Mental hospitals Bombay report 1921-28 - 1921-1928
Year: 1921
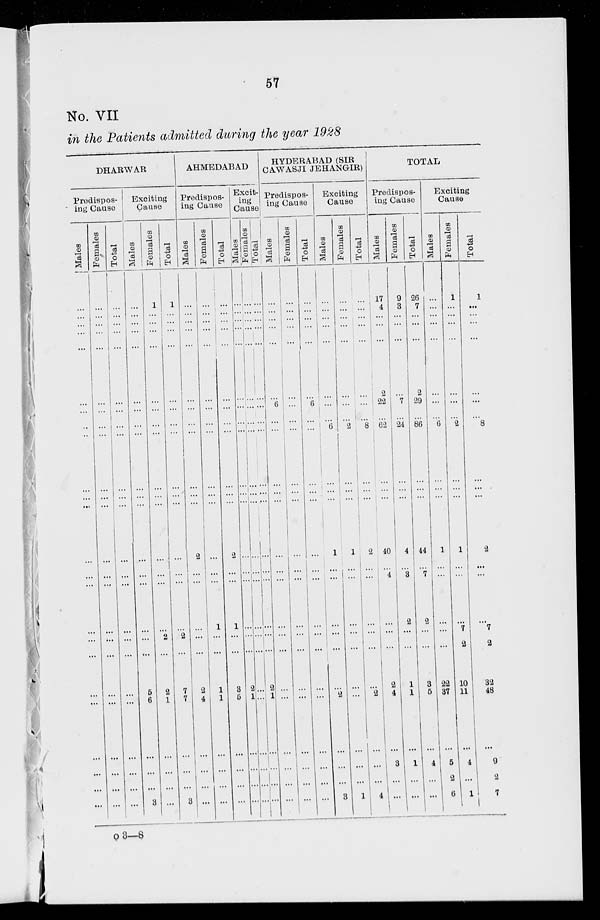
57
No. VII
in the Patients admitted during the year 1928
DHARWAR
Predispos-
ing Cause
Males
...
...
...
...
...
...
...
...
...
...
...
...
...
...
...
...
...
...
...
...
...
...
...
...
Females
...
...
...
...
...
...
...
...
...
...
...
...
...
...
...
...
...
...
...
...
...
...
...
...
Total
...
...
...
...
...
...
...
...
...
...
...
...
...
...
...
...
...
...
...
...
...
...
...
...
Exciting
Cause
Males
...
...
...
...
...
...
...
...
...
...
...
...
...
...
...
...
...
...
5
6
...
...
...
3
Females
1
...
...
...
...
...
...
...
...
...
...
...
...
...
...
...
2
...
2
1
...
...
...
...
Total
1
...
...
...
...
...
...
...
...
...
...
...
...
...
...
...
2
...
7
7
...
...
...
3
AHMEDABAD
Predispos-
ing Cause
Males
...
...
...
...
...
...
...
...
...
...
...
...
2
...
...
...
...
...
2
4
...
...
...
...
Females
...
...
...
...
...
...
...
...
...
...
...
...
...
...
...
1
...
...
1
1
...
...
...
...
Total
...
...
...
...
...
...
...
...
...
...
...
...
2
...
...
1
...
...
3
5
...
...
...
...
Excit-
ing
Cause
Males
...
...
...
...
... ...
...
...
...
...
...
...
...
...
...
...
...
...
2
1
...
...
...
...
Females
...
...
...
...
...
...
...
...
...
...
...
...
...
...
...
...
...
...
...
...
...
...
...
...
Total
...
...
...
...
...
...
...
...
...
...
...
...
...
...
...
...
...
...
2
1
...
...
...
...
HYDERABAD (SIR
CAWASJI JEHANGIR)
Predispos-
ing Cause
Males
...
...
...
...
...
...
6
...
...
...
...
...
...
...
...
...
...
...
...
...
...
...
...
...
Females
...
...
...
...
...
...
...
...
...
...
...
...
...
...
...
...
...
...
...
...
...
...
...
...
Total
...
...
...
...
...
...
6
...
...
...
...
...
...
...
...
...
...
...
...
...
...
...
...
...
Exciting
Cause
Males
...
...
...
...
...
...
...
...
6
...
...
...
1
...
...
...
...
...
...
2
...
...
...
3
Females
...
...
...
...
...
...
...
...
2
...
...
...
1
...
...
...
...
...
...
...
...
...
...
1
Total
...
...
...
...
...
...
...
...
8
...
...
...
2
...
...
...
...
...
...
2
...
...
...
4
TOTAL
Predispos-
ing Cause
Males
17
4
...
...
...
2
22
...
62
...
...
...
40
...
4
...
...
...
2
4
...
3
...
...
Females
9
3
...
...
...
...
7
...
24
...
...
...
4
...
3
2
...
...
1
1
...
1
...
...
Total
26
7
...
...
...
2
29
...
86
...
...
...
44
...
7
2
...
...
3
5
...
4
...
...
Exciting
Cause
Males
...
...
...
...
...
...
...
...
6
...
...
...
1
...
...
...
...
...
22
37
...
5
2
6
Females
1
...
...
...
...
...
...
...
2
...
...
...
1
...
...
...
7
2
10
11
...
4
...
1
Total
1
...
...
...
...
...
...
...
8
...
...
...
2
...
...
...
7
2
32
48
...
9
2
7
O 3—8